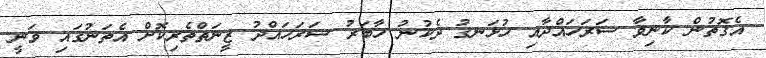
އެގޮތުން ކާނިވާ ސަރަހައްދާއި ހުޅަނގު ދެކުނު ހާބަރު ސަރަހައްދު ޒީނަތްތެރިކޮށް އެތަނުގައި ވަނީ